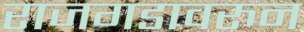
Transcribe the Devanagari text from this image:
राजगडावरुन